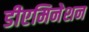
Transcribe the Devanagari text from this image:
डीएमिनेशन